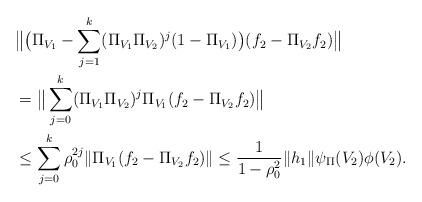
LaTeX: \begin{align*} &\big\Vert \big(\Pi_{V_1}-\sum_{j=1}^k(\Pi_{V_1}\Pi_{V_2})^j(1-\Pi_{V_1})\big)(f_2-\Pi_{V_2}f_2)\big\Vert \\ &=\big\Vert\sum_{j=0}^k(\Pi_{V_1}\Pi_{V_2})^j\Pi_{V_1}(f_2-\Pi_{V_2}f_2)\big\Vert\\ &\leq\sum_{j=0}^k\rho_0^{2j}\Vert \Pi_{V_1}(f_2-\Pi_{V_2}f_2)\Vert\leq\frac{1}{1-\rho_0^2}\Vert h_1\Vert\psi_\Pi(V_2)\phi(V_2).\end{align*}